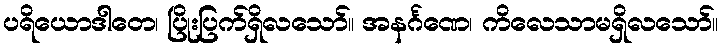
ပရိယောဒါတေ၊ ပြိုးပြက်ရှိလသော်။ အနင်္ဂဏေ၊ ကိလေသာမရှိလသော်။